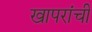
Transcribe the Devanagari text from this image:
खापरांची